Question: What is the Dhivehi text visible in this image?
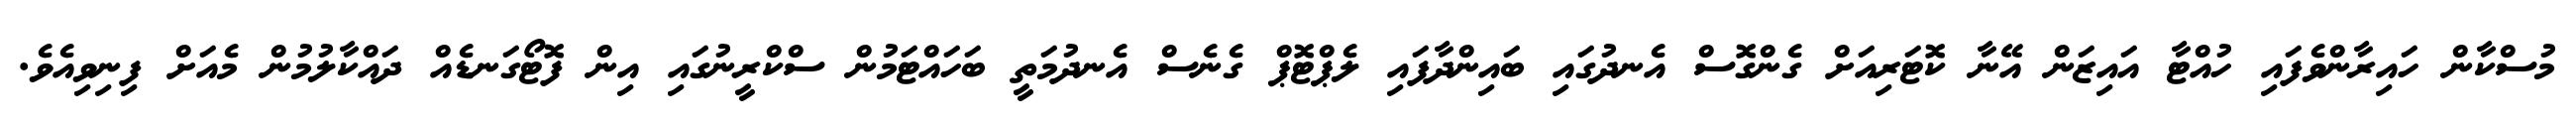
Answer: މުސްކާން ހައިރާންވެފައި ހުއްޓާ އައިޒަން އޭނާ ކޮޓަރިއަށް ގެންގޮސް އެނދުގައި ބައިންދާފައި ލެޕްޓޮޕް ގެނެސް އެނދުމަތީ ބަހައްޓަމުން ސްކްރީނުގައި އިން ފޮޓޯގަނޑެއް ދައްކާލުމުން މެއަށް ފިނިވިއެވެ.